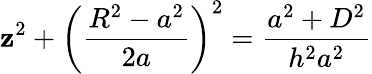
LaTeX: \mathbf{z}^{2}+\bigg(\frac{{R^{2}-a^{2}}}{{2a}}\bigg)^{2}=\frac{{a^{2}+D^{2}}}{{h^{2}a^{2}}}